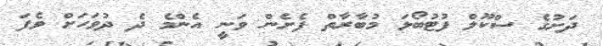
ދަށުގެ ސްކޫލް ފުޓުބޯޅަ މުބާރާތް ފެށެން ވަނީ އެންމެ ދެ ދުވަހަށް ވެފަ